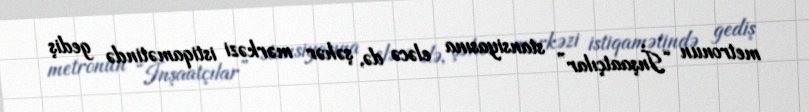
metronun “İnşaatçılar” stansiyasına eləcə də, şəhər mərkəzi istiqamətində gediş